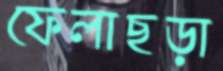
ফেলাছড়া